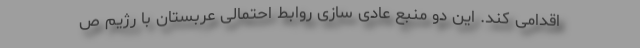
اقدامی کند. این دو منبع عادی سازی روابط احتمالی عربستان با رژیم ص